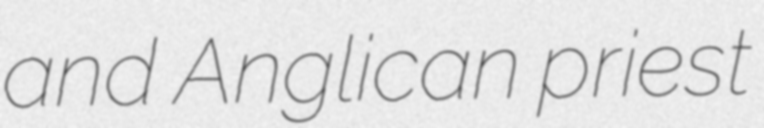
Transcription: and Anglican priest